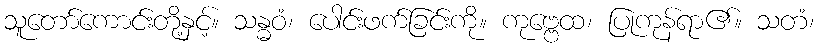
သူတော်ကောင်းတို့နှင့်။ သန္ဓဝံ၊ ပေါင်းဖက်ခြင်းကို။ ကုဗ္ဗေထ၊ ပြုကုန်ရာ၏။ သတံ၊